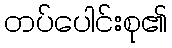
တပ်ပေါင်းစု၏